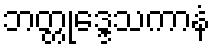
ဘတ္တုဒ္ဒေသကာနံ